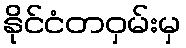
နိုင်ငံတဝှမ်းမှ